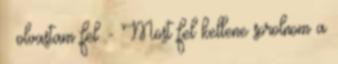
– olvastam fel. - Most fel kellene sorolnom a